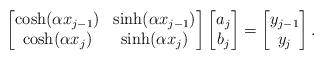
LaTeX: \begin{align*}\begin{bmatrix} \cosh(\alpha x_{j-1}) & \sinh(\alpha x_{j-1})\\ \cosh(\alpha x_j) & \sinh(\alpha x_j)\end{bmatrix}\begin{bmatrix} a_j\\b_j\end{bmatrix} = \begin{bmatrix}y_{j-1} \\y_{j}\end{bmatrix}.\end{align*}